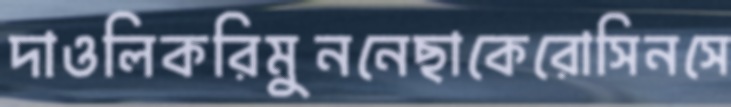
দাওলিকরিমুননেছাকেরোসিনসে